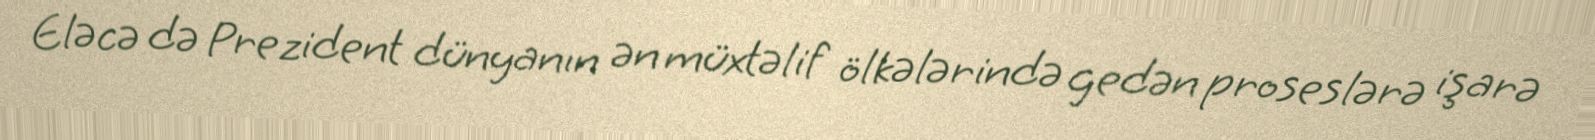
Eləcə də Prezident dünyanın ən müxtəlif ölkələrində gedən proseslərə işarə